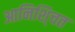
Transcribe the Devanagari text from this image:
आनिशि्चत